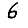
Digit: 6